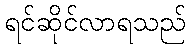
ရင်ဆိုင်လာရသည်